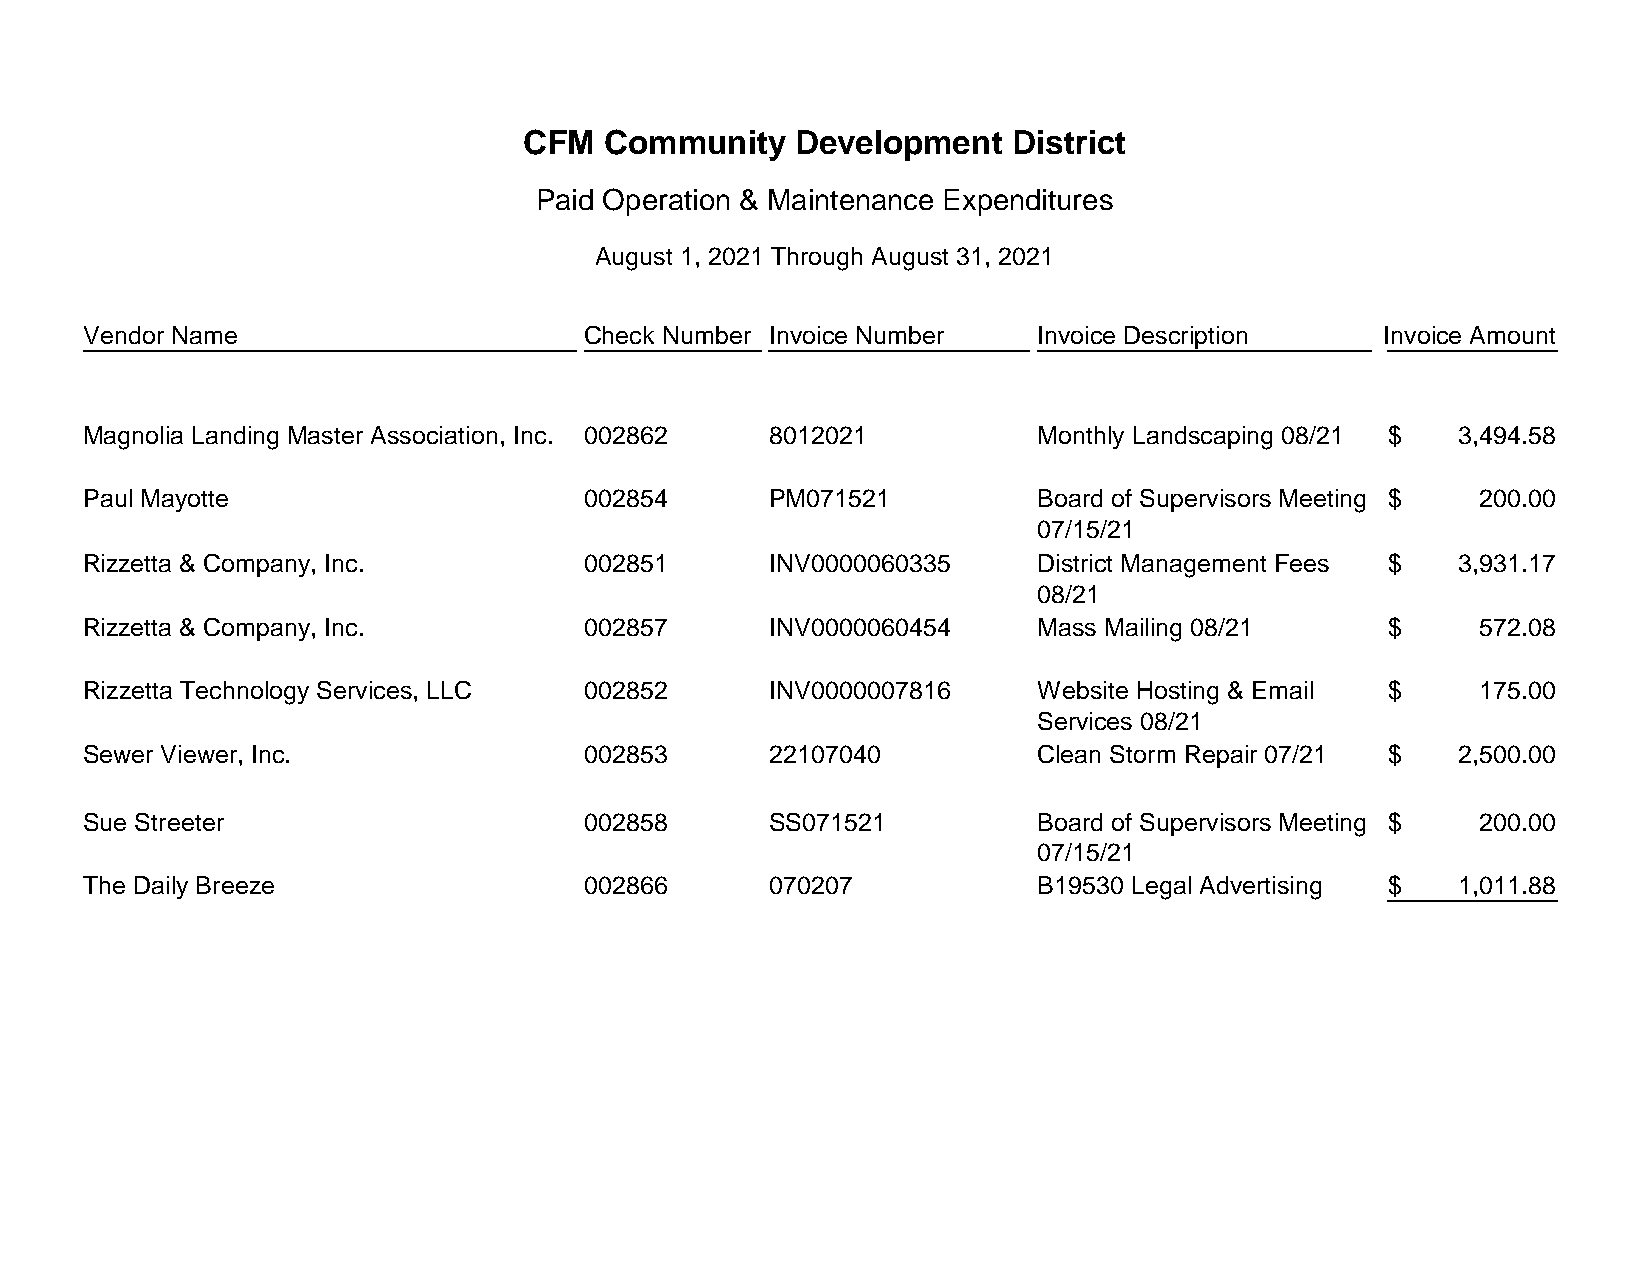
CFM   Community   Development    District
 Paid Operation & Maintenance Expenditures
 August 1, 2021 Through August 31, 2021
 Vendor Name                      Check Number Invoice Number   Invoice Description    Invoice Amount
 Magnolia Landing Master Association, Inc. 002862 8012021       Monthly Landscaping 08/21 $ 3 ,494.58
 Paul Mayotte                     002854       PM071521         Board of Supervisors Meeting $ 200.00
 07/15/21
 Rizzetta & Company, Inc.         002851       INV0000060335    District Management Fees $  3,931.17
 08/21
 Rizzetta & Company, Inc.         002857       INV0000060454    Mass Mailing 08/21      $     572.08
 Rizzetta Technology Services, LLC 002852      INV0000007816    Website Hosting & Email $     175.00
 Services 08/21
 Sewer Viewer, Inc.               002853       22107040         Clean Storm Repair 07/21 $  2 ,500.00
 Sue Streeter                     002858       SS071521         Board of Supervisors Meeting $ 200.00
 07/15/21
 The Daily Breeze                 002866       070207           B19530 Legal Advertising $  1,011.88